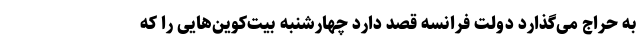
به حراج می‌گذارد دولت فرانسه قصد دارد چهارشنبه بیت‌کوین‌هایی را که